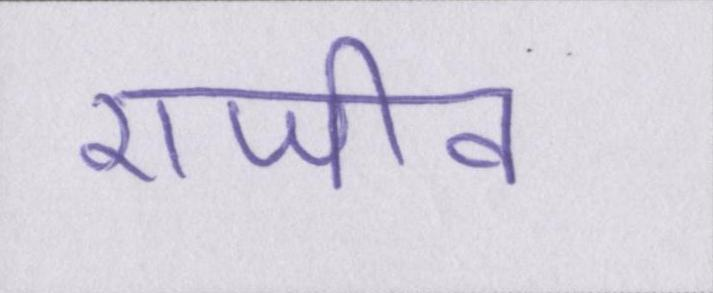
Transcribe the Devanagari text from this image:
राजीव